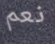
نعم